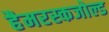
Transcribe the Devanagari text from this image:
हैमरस्कजोल्ड